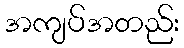
အကျပ်အတည်း